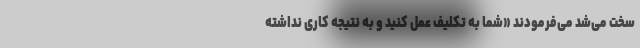
سخت می‌شد می‌فرمودند «شما به تکلیف عمل کنید و به نتیجه کاری نداشته